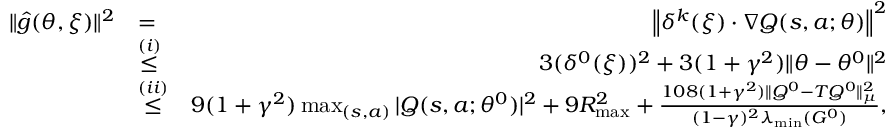
\begin{array} { r l r } { \| \hat { g } ( \theta , \xi ) \| ^ { 2 } } & { = } & { \left\| \delta ^ { k } ( \xi ) \cdot \nabla Q ( s , a ; \theta ) \right\| ^ { 2 } } \\ & { \overset { ( i ) } { \leq } } & { 3 ( \delta ^ { 0 } ( \xi ) ) ^ { 2 } + 3 ( 1 + \gamma ^ { 2 } ) \| \theta - \theta ^ { 0 } \| ^ { 2 } } \\ & { \overset { ( i i ) } { \leq } } & { 9 ( 1 + \gamma ^ { 2 } ) \operatorname* { m a x } _ { ( s , a ) } | Q ( s , a ; \theta ^ { 0 } ) | ^ { 2 } + 9 R _ { \operatorname* { m a x } } ^ { 2 } + \frac { 1 0 8 ( 1 + \gamma ^ { 2 } ) \| Q ^ { 0 } - T Q ^ { 0 } \| _ { \mu } ^ { 2 } } { ( 1 - \gamma ) ^ { 2 } \lambda _ { \operatorname* { m i n } } ( G ^ { 0 } ) } , } \end{array}